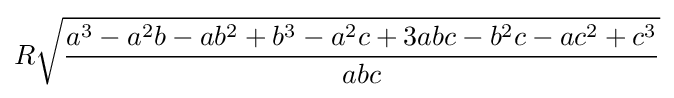
R{\sqrt {\frac {a^{3}-a^{2}b-ab^{2}+b^{3}-a^{2}c+3abc-b^{2}c-ac^{2}+c^{3}}{abc}}}